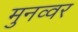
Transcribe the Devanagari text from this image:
मुनव्‍वर